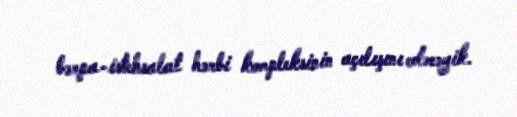
bərpa-istehsalat hərbi kompleksinin açılışını edəcəyik.